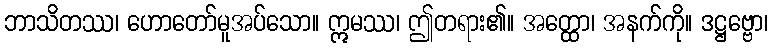
ဘာသိတဿ၊ ဟောတော်မူအပ်သော။ ဣမဿ၊ ဤတရား၏။ အတ္ထော၊ အနက်ကို။ ဒဋ္ဌဗ္ဗော၊